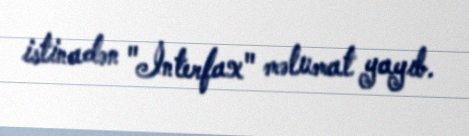
istinadən "İnterfax" məlumat yayıb.